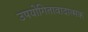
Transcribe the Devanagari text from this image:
उपयोगितावादात्मक